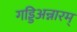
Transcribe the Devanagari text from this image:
गड्डिअन्नारम्